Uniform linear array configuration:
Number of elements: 48
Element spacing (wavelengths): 0.25
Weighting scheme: hamming
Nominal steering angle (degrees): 45
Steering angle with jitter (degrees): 46.998
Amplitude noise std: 0.05
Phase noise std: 0.05

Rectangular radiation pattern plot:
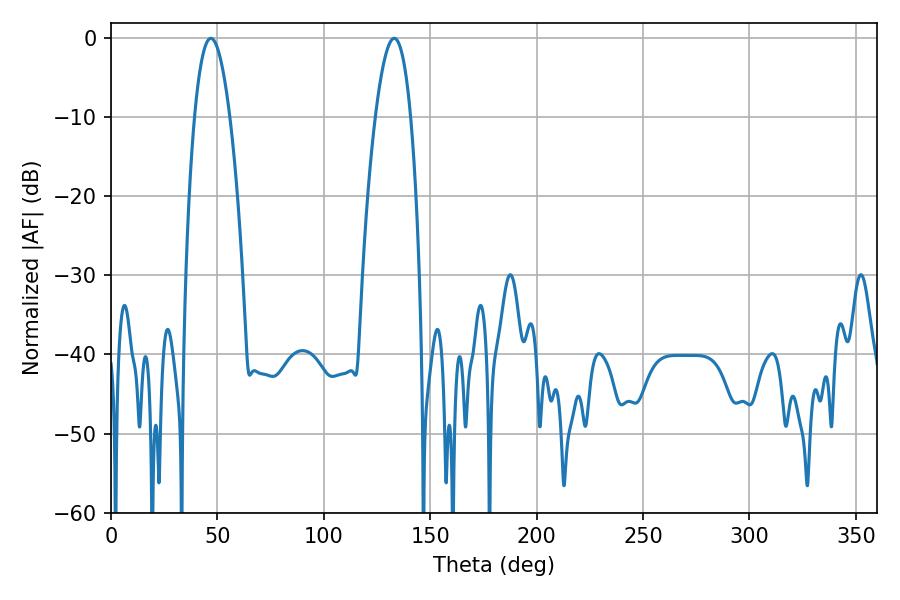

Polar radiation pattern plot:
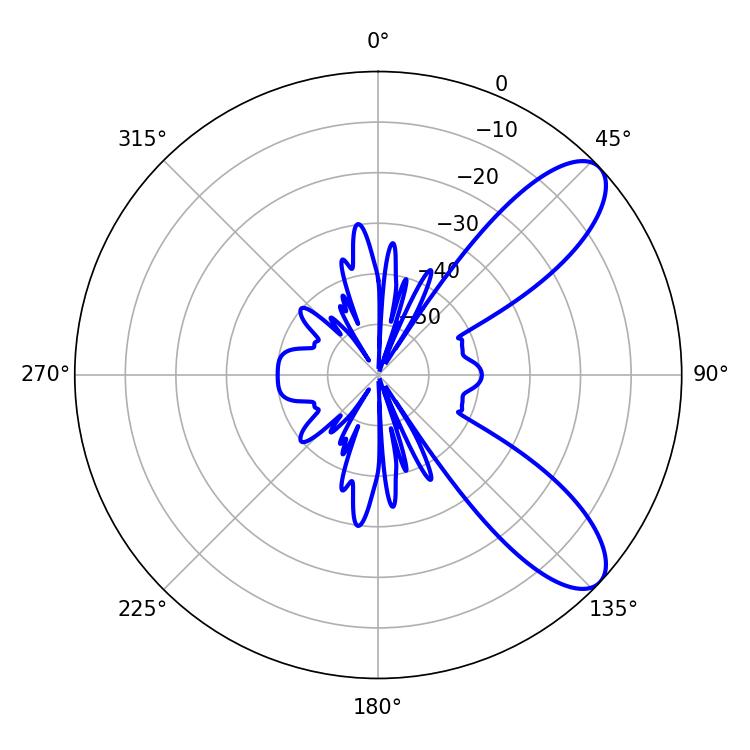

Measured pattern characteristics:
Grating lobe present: FALSE
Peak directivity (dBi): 9.011
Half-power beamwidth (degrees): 9.18
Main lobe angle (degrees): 46.98